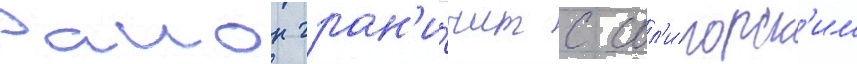
Раион гран'и́чит с сол'игорск'им